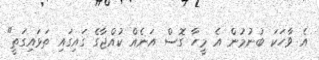
އެ ވާހަކަ ބުނުމުން އެ މީހާ ގޮސް އަނެއް ކުއްޖާގެ ގައިގައި ތަޅައިގަތީ"